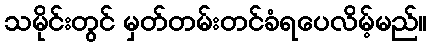
သမိုင်းတွင် မှတ်တမ်းတင်ခံရပေလိမ့်မည်။